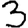
Digit: 3